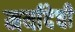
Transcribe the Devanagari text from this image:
मर्यादेची